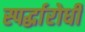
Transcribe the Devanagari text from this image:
स्पर्द्धारोधी